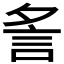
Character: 𧥧